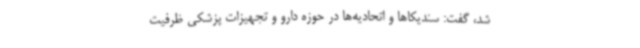
شد، گفت: سندیکاها و اتحادیه‌ها در حوزه دارو و تجهیزات پزشکی ظرفیت